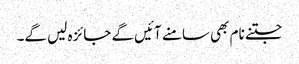
جتنے نام بھی سامنے آئیں گے جائزہ لیں گے۔